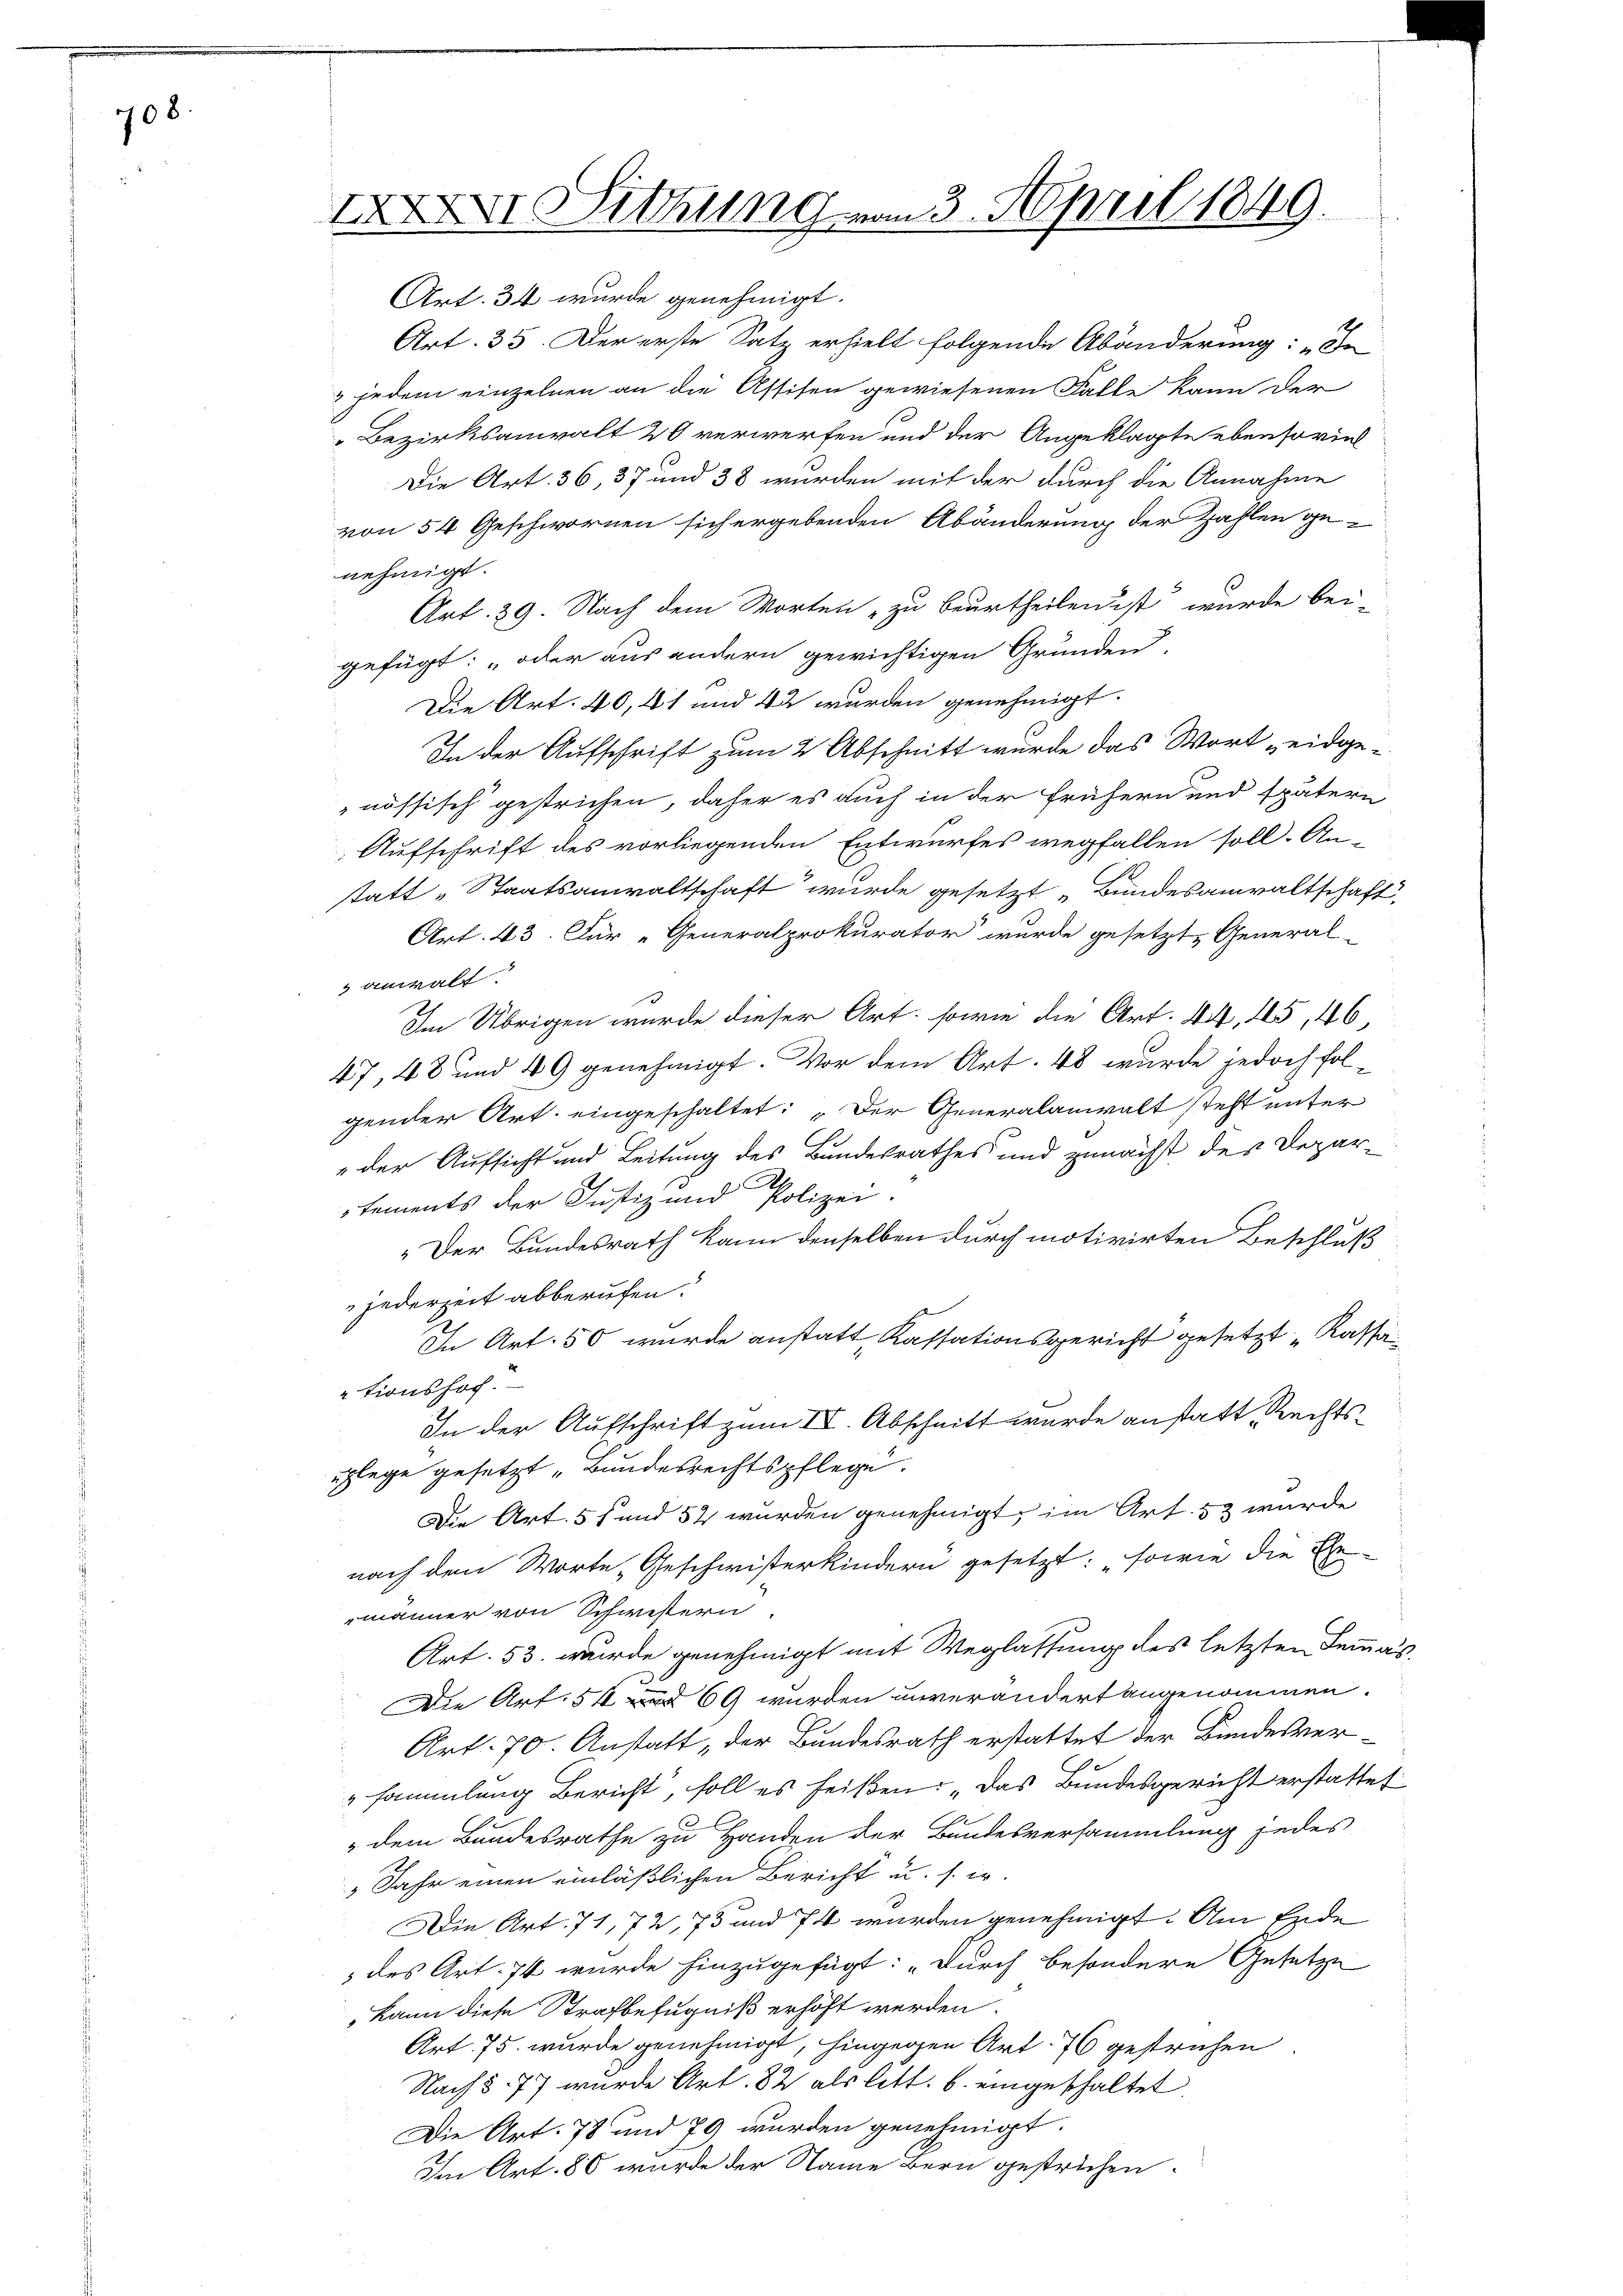
708.

XXXI Sitzung vom 3. April 1849.

Art. 34 wurde genehmigt.
Art. 35. Der erste Satz erhielt folgende Abänderung: „In
 jedem einzelnen an die Assisen gewiesenen Falle kann der
" Bezirksanwalt 20 verwerfen und der Angeklagte ebensoviel
Die Art. 36, 37 und 38 wurden mit der durch die Annahme
von 54 Geschwornen sich ergebenden Abänderung der Zahlen genehmigt.
Art. 39. Nach dem Worten zu beurtheilen ist, wurde bei-
gefügt: „oder aus andern gewichtigen Grunden,
Die Art. 40, 41 und 42 wurden genehmigt.
In der Aufschrift zum 2 Abschnitt wurde das Wort „eidgenössisch gestrichen, daher es auch in der frühern und spätern
Aufschrift des vorliegenden Entwurfes wegfallen soll. An-
statt „Staatsanwaltschaft wurde gesetzt „Bundesanwaltschaft
Art. 43. Für „Generalprokurator wurde gesetzt, General-
anwalt
Im Übrigen wurde dieser Art, sowie die Art. 44, 165, 46,
47, 48 und 49 genehmigt. Vor dem Art. 48 wurde jedoch folgender Art. eingeschaltet: „Der Generalanwalt steht unter
"der Aufsicht und Leitung des Bundesrathes und zunächst des Departements der Justiz und Polizei.
Der Bundesrath kann denselben durch motivirten Beschluß
jederzeit abberufen.
In Art. 50 wurde anstatt, Kassationsgericht gesetzt „Kassationshof
In der Aufschrift zum IV. Abschnitt wurde anstatt, Rechtsuflege gesetzt „Bundesrechtspflege.
Die Art. 5 f und 52 wurden genehmigt, im Art. 53 wurde
nach dem Worte „Geschwisterkindern gesetzt: "sowie die Ehe
männer von Schwestern
Art. 53. wurde genehmigt mit Weglassung des letzten Semmas
Die Art. 51 und 69 wurden unverändert angenommen.
Art. 70. Anstatt, der Bundesrath erstattet der Bundesversammlung Bericht, soll es heißen: „Das Bundesgericht erstattet
dem Bundesrathe zu Handen der Bundesversammlung jedes
Jahr einen einläßlichen Bericht u. s. w.
Die Art. 71, 72, 73 und 74 wurden genehmigt. Am Ende
 des Art. 74 wurde hinzugefügt: „Durch besondere Gesetze
„kann diese Strafbefugniß erhöht werden.
Art. 75. wurde genehmigt, hingegen Art. 76 gestrichen
Nach § 77 wurde Art. 82 als litt. b. eingeschaltet.
Die Art. 78 und 79 wurden genehmigt.
Im Art. 80 wurde der Name Bern gestrichen.